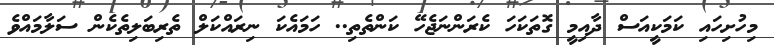
މިހުށިހައި ކަމަކީއަސް ދާއިމީ ގޮތަކަހަ ކެރަންނަޖެހޭ ކަންތެތި.. ހަމައެކަ ނިރައްކަލް ތެރިބަލިތެކެން ސަލާމައްވެ